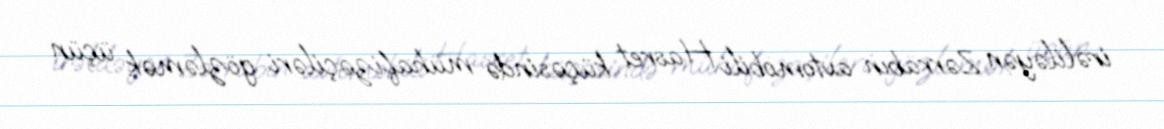
irəliləyən Zərrabın avtomobili Hasret küçəsində mühafizəçiləri gözləmək üçün